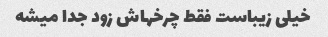
خیلی زیباست فقط چرخهاش زود جدا میشه